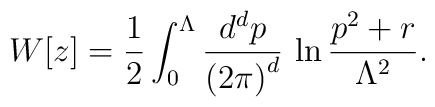
W[z]={1\over2}\int_{0}^{\Lambda}{d^dp\over{(2\pi)}^d}\,\ln{p^2+r\over\Lambda^2}.